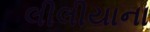
લીલીયાના